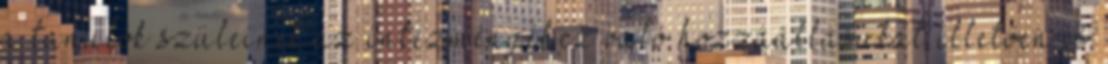
a tanulók szüleinek az intézményéhez való hozzáállásukat illetően is